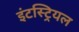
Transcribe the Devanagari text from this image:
इंटस्ट्रियल